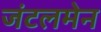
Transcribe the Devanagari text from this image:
जंटलमेन